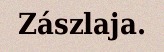
Zászlaja.